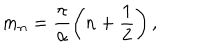
LaTeX: m _ { n } = \frac { \pi } { \alpha } \left( n + \frac { 1 } { 2 } \right) ,